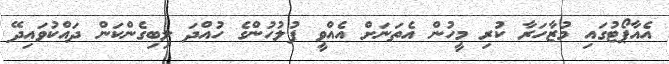
އެއާޕޯޓުގައި މުޒާހަރާ ކުރި މީހުން އެތަނަށް އެއްވީ ފުލުހުންގެ ހުއްދަ ލިބިގެންކަން ދައްކުވައިދޭ